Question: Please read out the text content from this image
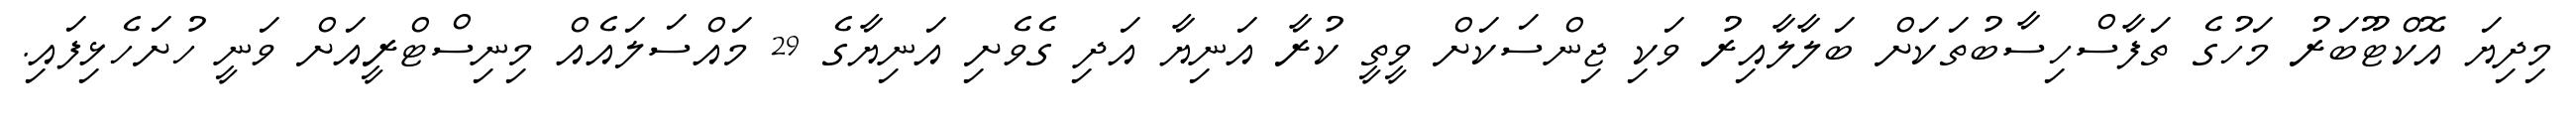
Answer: މިދިޔަ އޮކްޓޫބަރު މަހުގެ ތަފާސްހިސާބުތަކަށް ބަލާލާއިރު ވަކި ޖިންސަކަށް ވީތީ ކުރާ އަނިޔާ އަދި ގެވެށި އަނިޔާގެ 29 މައްސަލައެއް މިނިސްޓްރީއަށް ވަނީ ހުށަހެޅިފައި.